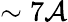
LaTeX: \sim7\mathcal{A}